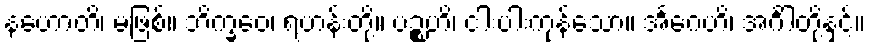
နဟောတိ၊ မဖြစ်။ ဘိက္ခဝေ၊ ရဟန်းတို့။ ပဉ္စဟိ၊ ငါးပါးကုန်သော။ အင်္ဂေဟိ၊ အင်္ဂါတို့နှင့်။